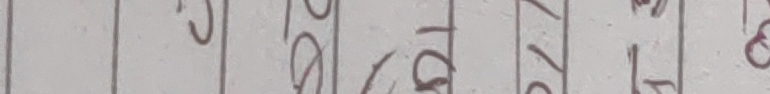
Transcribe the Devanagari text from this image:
७ ९ १० ११ १२